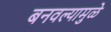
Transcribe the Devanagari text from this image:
बनवल्यामुळे